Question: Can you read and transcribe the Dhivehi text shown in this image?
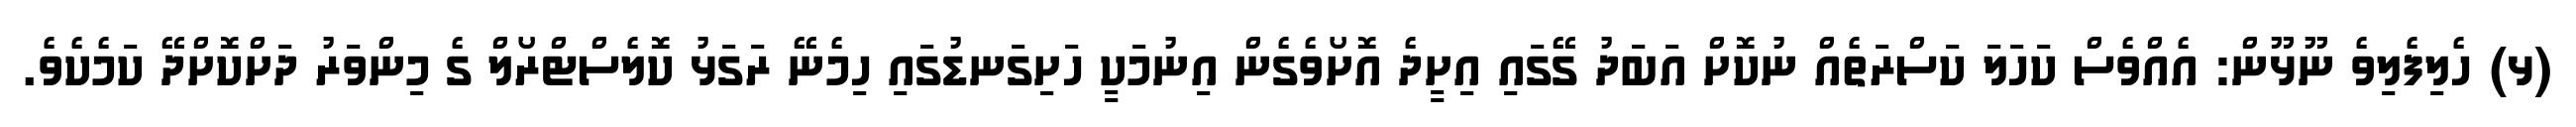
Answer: (ޅ) ހެލިފެލިވެ ނޫޅޫން: އެއްވެސް ކަހަލަ ކަސްރަތެއް ނުކޮށް އަބަދު ގޭގައި އިށީދެ އޮށޯވެގެން އިނުމަކީ ހަށިގަނޑުގައި ހިމެނޭ ރަގަޅު ކޮލެސްޓްރޯލް ގެ މިންވަރު ދަށްކޮށްދޭ ކަމެކެވެ.